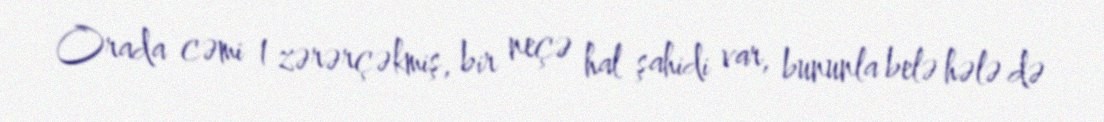
Orada cəmi 1 zərərçəkmiş, bir neçə hal şahidi var, bununla belə hələ də